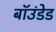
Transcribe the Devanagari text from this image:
बॉउंडेड